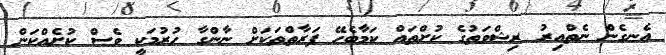
އެނގެން ނެތްއިރު ރިޝްވަތުގެ ކުށްތައް ކަމާބެހޭ ފަރާތްތަކަށް ނާންގާ ހުރުމަކީ ވެސް ކުށެއްކަން